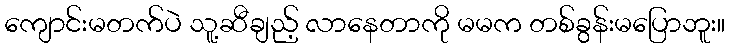
ကျောင်းမတက်ပဲ သူ့ဆီချည့် လာနေတာကို မမက တစ်ခွန်းမပြောဘူး။